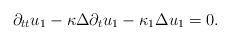
LaTeX: \begin{align*}\partial_{tt}u_1 -\kappa\Delta\partial_t u_1-\kappa_1\Delta u_1=0.\end{align*}